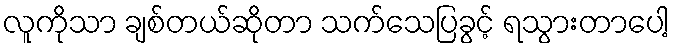
လူကိုသာ ချစ်တယ်ဆိုတာ သက်သေပြခွင့် ရသွားတာပေါ့